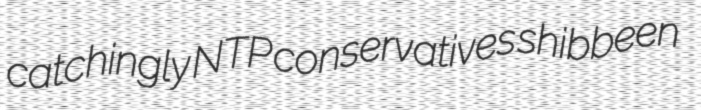
catchingly NTP conservatives shibbeen